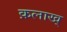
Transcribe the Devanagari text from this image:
क़लाख्‌